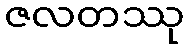
ဇလတဿု